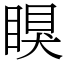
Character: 瞁